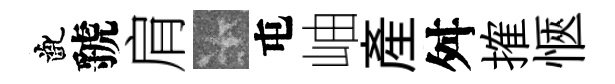
齔虢肩卡屯岫産舛搉愜